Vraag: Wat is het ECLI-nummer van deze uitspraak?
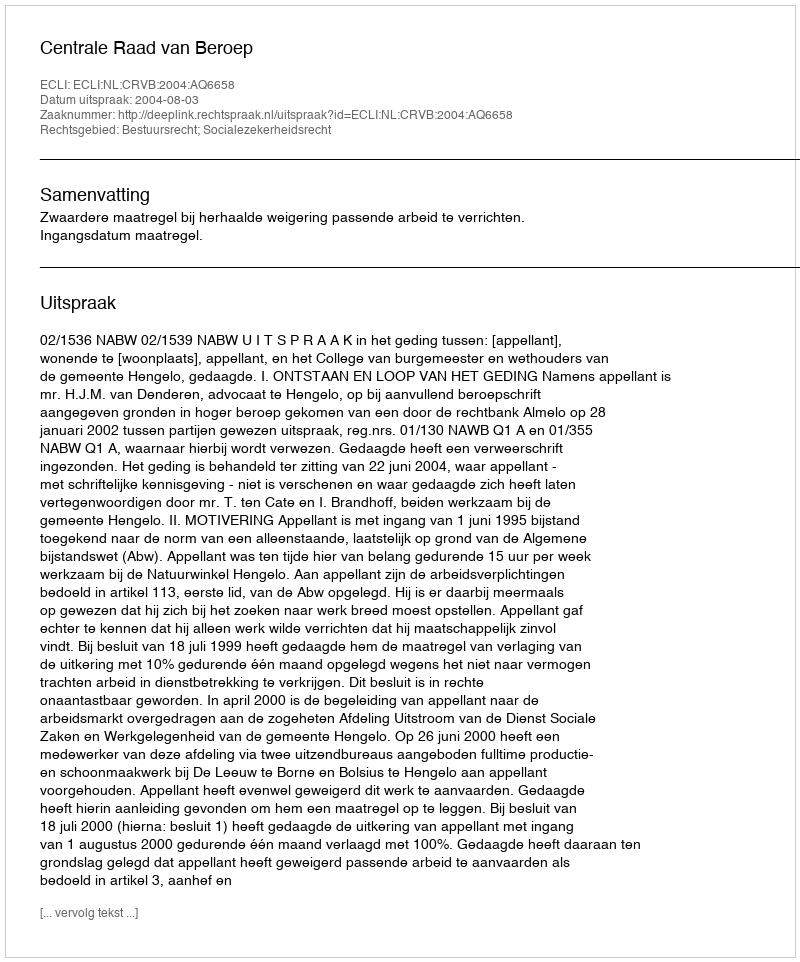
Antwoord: ECLI:NL:CRVB:2004:AQ6658